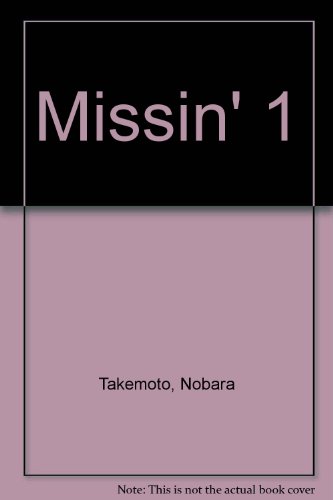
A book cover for Missin' 1; Nobara Takemoto; Comics & Graphic Novels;